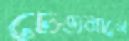
চেওনানে